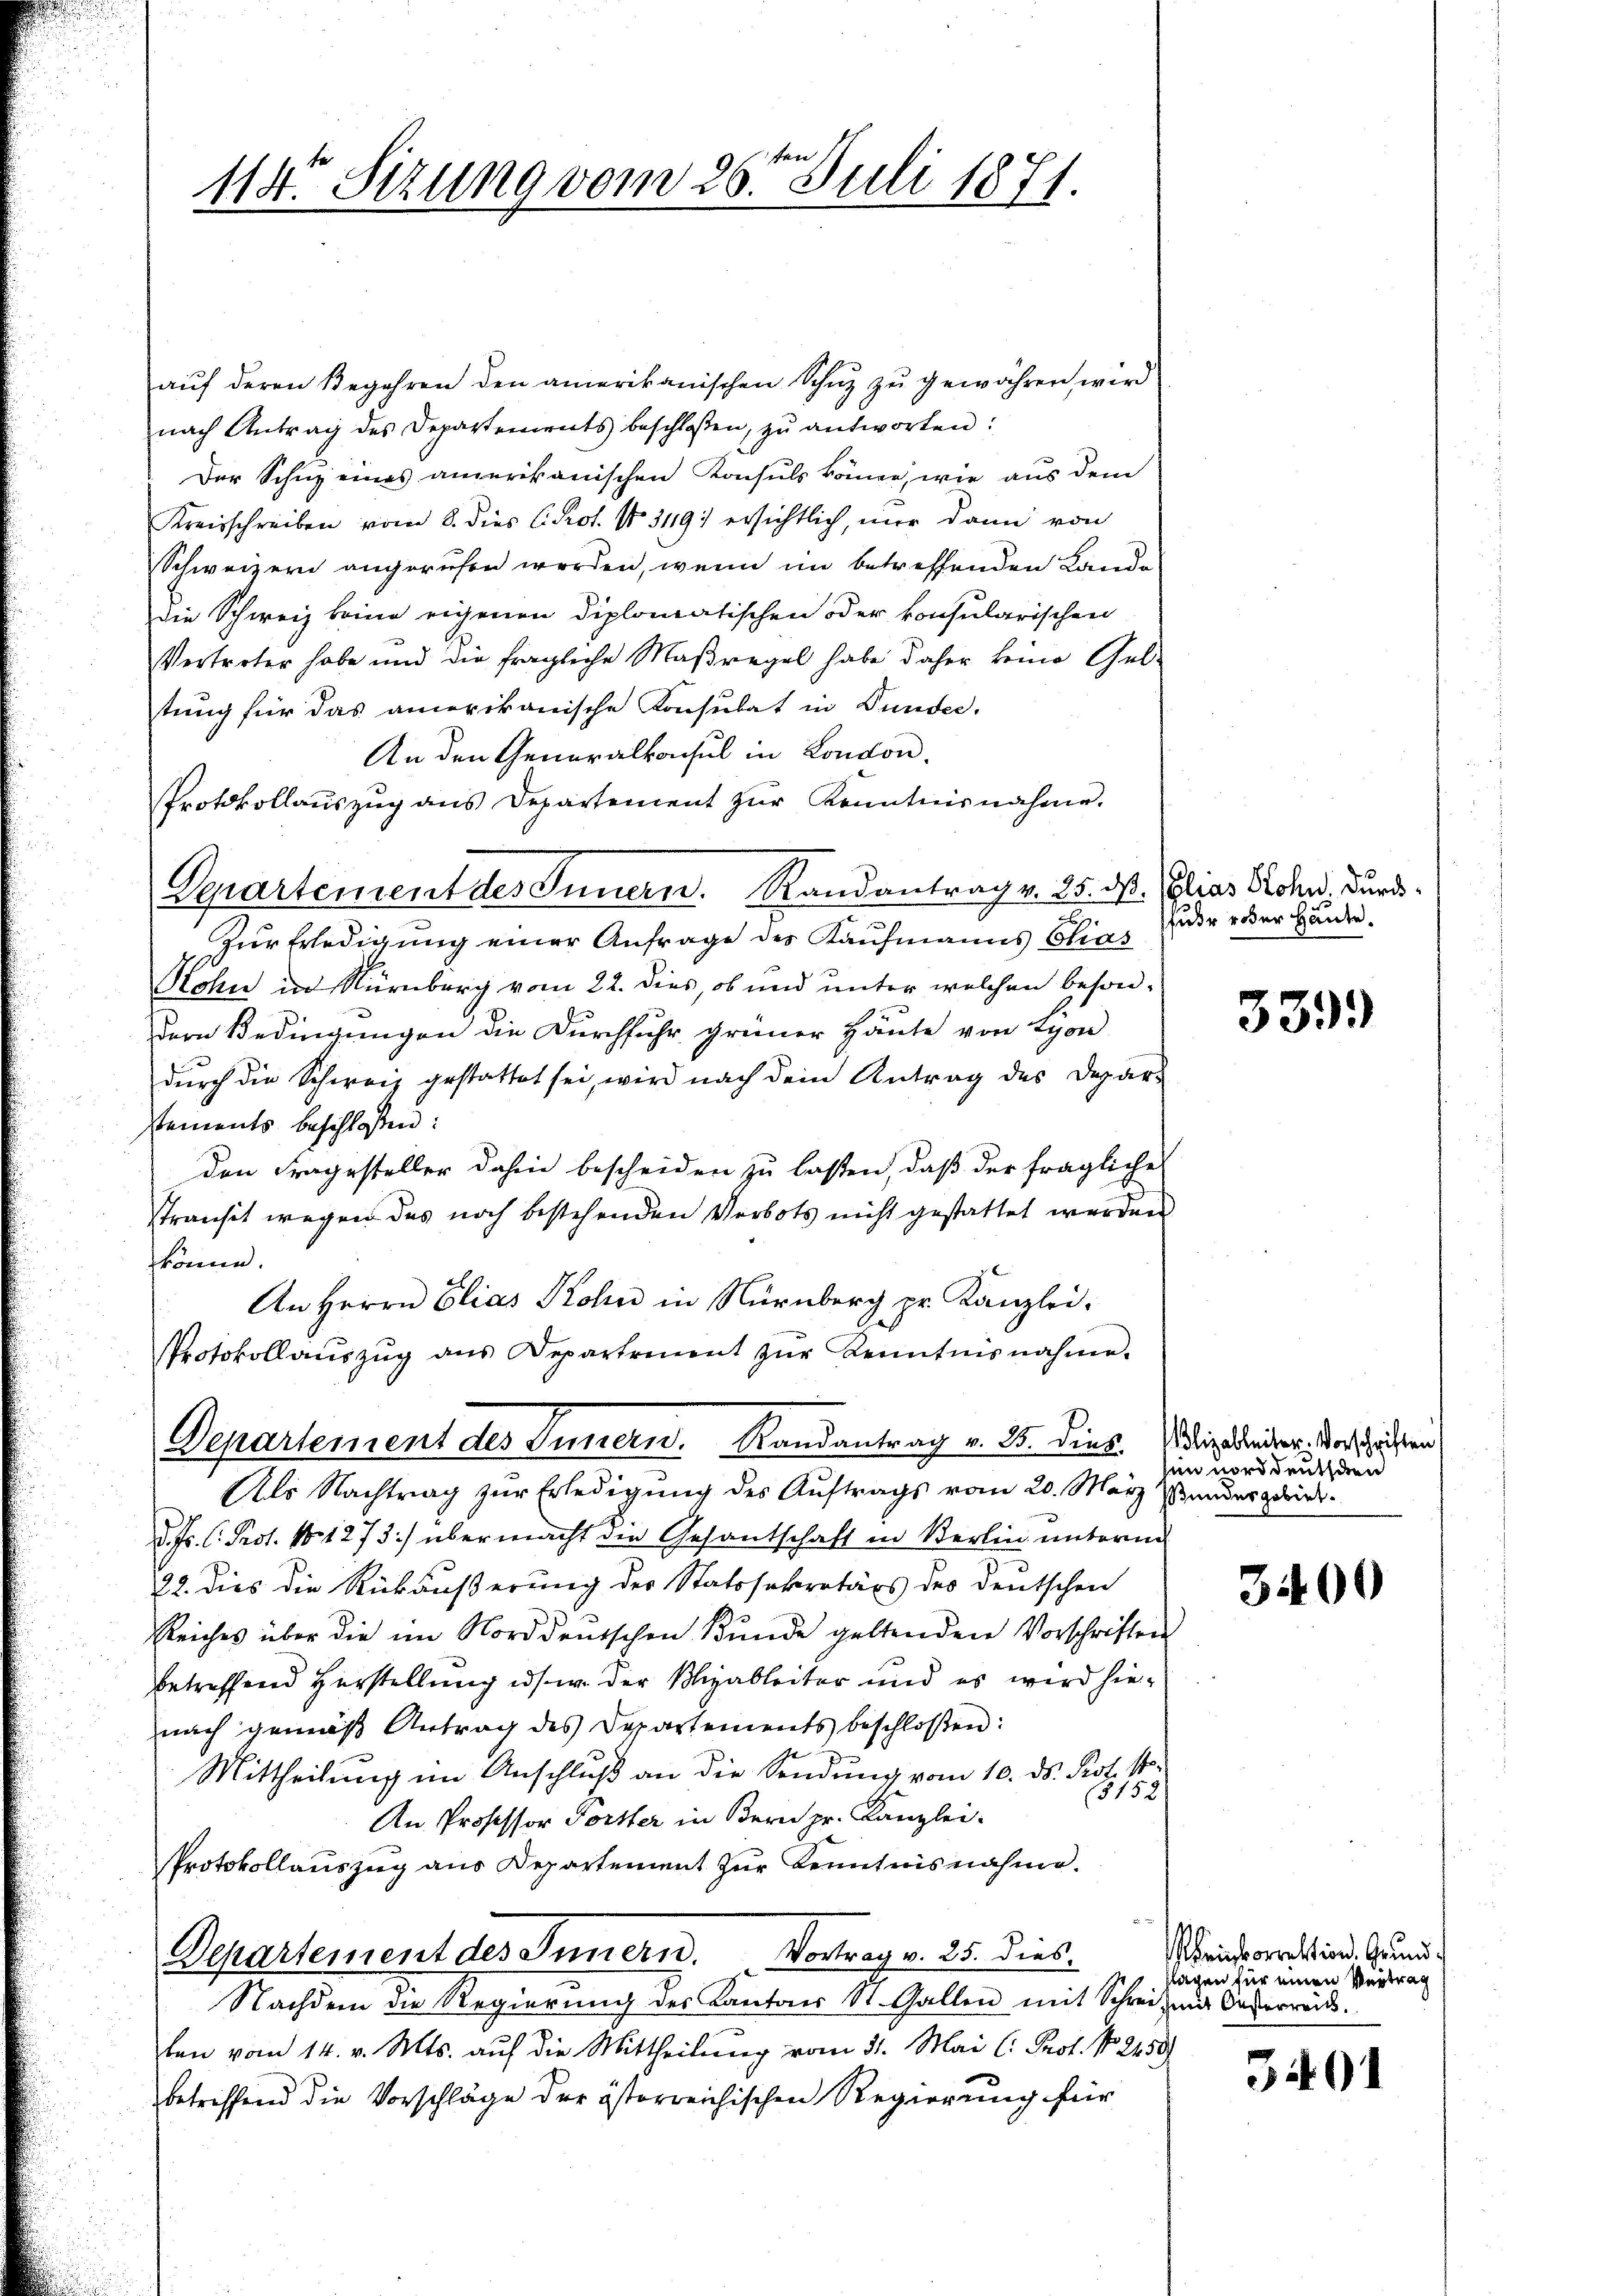
114. Sizung vom 26ten Juli 1871.

aŭf deren Begehren den amerikanischen Schuz zu gewähren wird
nach Antrag des Departements beschloßen, zŭ antworten:
Der Schuz eines amerikanischen Konsuls könne, wie aus dem
Kreisschreiben vom 8. dies C. Prot. N. 3119) ersichtlich, nur dann von
Schweizern angerufen werden, wenn im betreffenden Lande
die Schweiz keine eigenen Diplomatischen oder konsularischen
Vertreter habe und die fragliche Maßregel habe daher keine Gel-
tung für das amerikanische Konsulat in Funder.
An den Generalkonsul in Condon.
Protokollaŭszŭg ans Departement zŭr Kenntnisnahme.
Derartement des Innern. Randantrag v. 25. dß. Elias Rohn, durchd
Zur Erledigung einer Anfrage des Kaufmanns Chias
Kohn in Nürnberg vom 22. dies, ob und unter welchen besondern Bedingungen die Durchfuhr grüner Häute von Lyon
durch die Schweiz gestattet sei, wird nach dem Antrag des Deparstements beschlossen:
den Fragesteller dahin bescheiden zu lassen, daß der fragliche
stransit wegen des noch bestehenden Verbots nicht gestattet werden
könne.
An Herrn Elias Kohn in Nürnberg pr. Kanzlei.
Protokollaŭszŭg ans Departement zŭr Kenntnisnahme.
Departement des Innern. Randantrag v. 25. dies. Pipereiter. Vorschriften
Als Nachtrag zur Erledigung des Auftrags vom 20. März ander dies
d. Js. C. Prot. N. 1273) übermacht die Gesantschaft in Berlin unterm
22. Dies die Rückäußerung des Statssekretärs des deutschen
Reiches über die im Norddeutschen Bŭnde geltenden Vorschriften
betreffend Herstellung ids. w. der Blizableiter und es wird hienach gemäβ Antrag des Departements beschloßen:
Mittheilung im Anschluß an die Sendung vom 10. ds. Prof. M
3152
An Professor Forster in Bern pr. Kanzlei-
Protokollauszug aus Departement zŭr Kenntnisnahme.
Departement des Innern. Vortrag v. 25. dies.
Nachdem die Regierung der Kantons St. Gallen mit Schreiz aus Oesterreis.
ten vom 14. v. Mts. auf die Mittheilung vom 31. Mai l. Prof. No 2450
betreffend die Vorschläge der österreichischen Regierung für

sfuhr oder Häute.

339.)

sen norddeutschen

3400

einkorrektion Grundflagen für einen Vertrag

3401